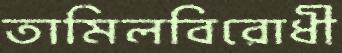
তামিলবিরোধী